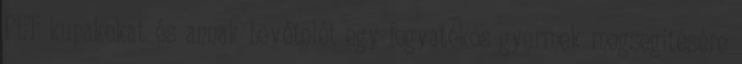
PET kupakokat és annak bevételét egy fogyatékos gyermek megsegítésére